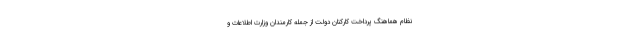
نظام هماهنگ پرداخت کارکنان دولت از جمله کارمندان وزارت اطلاعات و